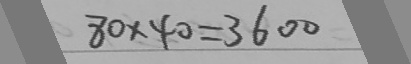
8 0 \times 4 0 = 3 6 0 0